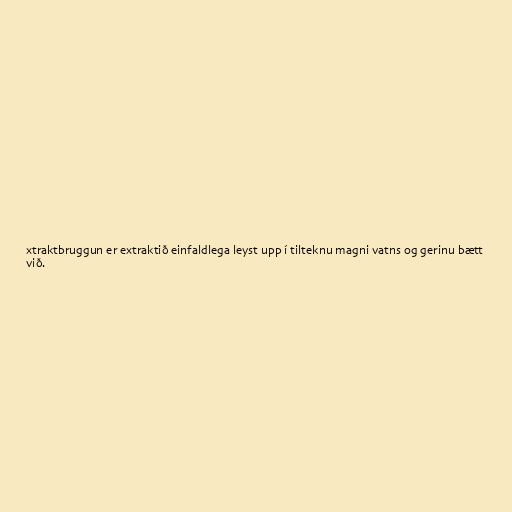
xtraktbruggun er extraktið einfaldlega leyst upp í tilteknu magni vatns og gerinu bætt
við.